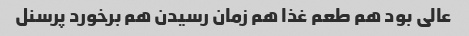
عالی بود هم طعم غذا هم زمان رسیدن هم برخورد پرسنل